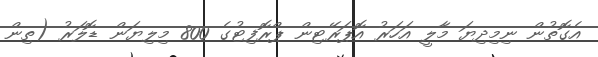
އެގޮތުން ނިމިދިޔަ މާލީ އަހަރު އޮޕަރޭޓިން ޕްރޮފިޓުގެ 800 މިލިޔަން ޑޮލަރު (ތިން